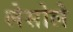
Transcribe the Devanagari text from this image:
लेसोले